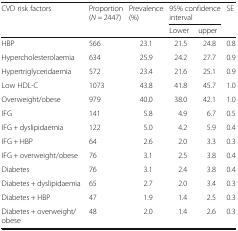
<table><thead><tr><td rowspan="2"><b>CVD risk factors</b></td><td rowspan="2"><b>Proportion (<i>N</i> = 2447)</b></td><td rowspan="2"><b>Prevalence (%)</b></td><td colspan="2"><b>95% confidence interval</b></td><td rowspan="2"><b>SE</b></td></tr><tr><td><b>Lower</b></td><td><b>upper</b></td></tr></thead><tbody><tr><td>HBP</td><td>566</td><td>23.1</td><td>21.5</td><td>24.8</td><td>0.8</td></tr><tr><td>Hypercholesterolaemia</td><td>634</td><td>25.9</td><td>24.2</td><td>27.7</td><td>0.9</td></tr><tr><td>Hypertriglyceridaemia</td><td>572</td><td>23.4</td><td>21.6</td><td>25.1</td><td>0.9</td></tr><tr><td>Low HDL-C</td><td>1073</td><td>43.8</td><td>41.8</td><td>45.7</td><td>1.0</td></tr><tr><td>Overweight/obese</td><td>979</td><td>40.0</td><td>38.0</td><td>42.1</td><td>1.0</td></tr><tr><td>IFG</td><td>141</td><td>5.8</td><td>4.9</td><td>6.7</td><td>0.5</td></tr><tr><td>IFG + dyslipidaemia</td><td>122</td><td>5.0</td><td>4.2</td><td>5.9</td><td>0.4</td></tr><tr><td>IFG + HBP</td><td>64</td><td>2.6</td><td>2.0</td><td>3.3</td><td>0.3</td></tr><tr><td>IFG + overweight/obese</td><td>76</td><td>3.1</td><td>2.5</td><td>3.8</td><td>0.4</td></tr><tr><td>Diabetes</td><td>76</td><td>3.1</td><td>2.4</td><td>3.8</td><td>0.4</td></tr><tr><td>Diabetes + dyslipidaemia</td><td>65</td><td>2.7</td><td>2.0</td><td>3.4</td><td>0.3</td></tr><tr><td>Diabetes + HBP</td><td>47</td><td>1.9</td><td>1.4</td><td>2.5</td><td>0.3</td></tr><tr><td>Diabetes + overweight/obese</td><td>48</td><td>2.0</td><td>1.4</td><td>2.6</td><td>0.3</td></tr></tbody></table>